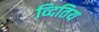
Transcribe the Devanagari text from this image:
व्दितिय